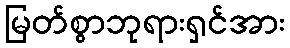
မြတ်စွာဘုရားရှင်အား